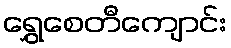
ရွှေစေတီကျောင်း